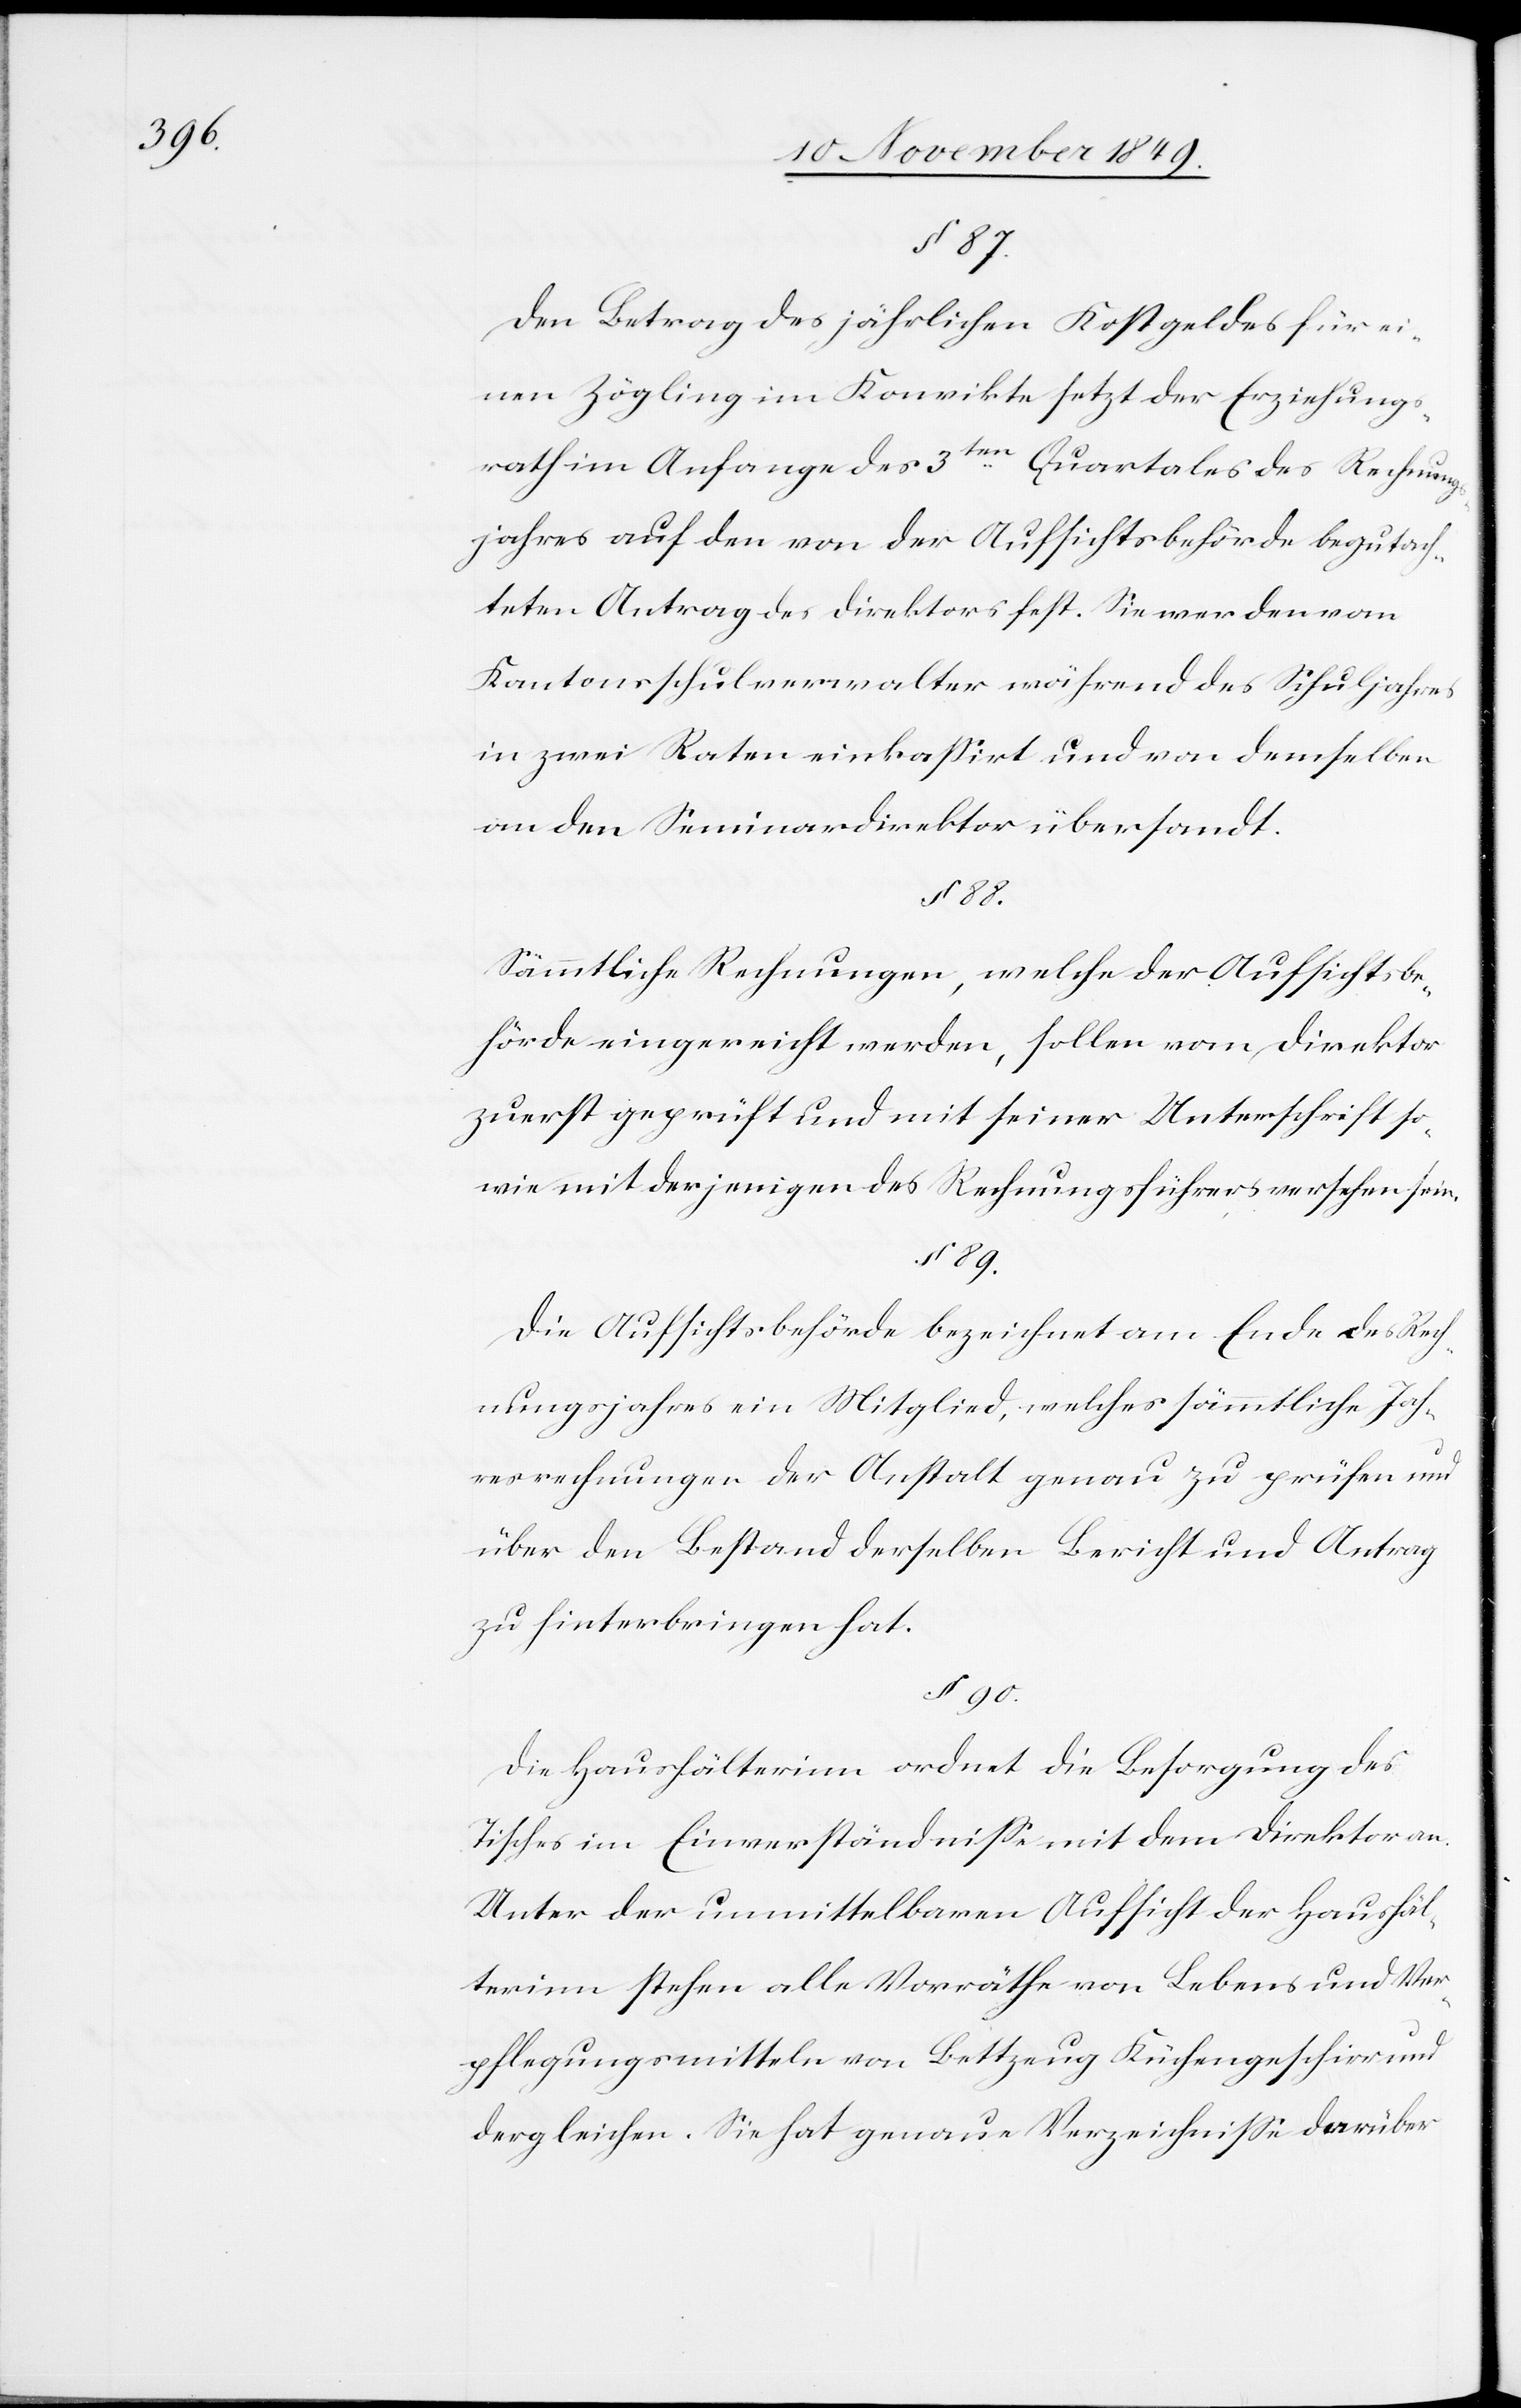
§ 87.
Den Betrag des jährlichen Kostgeldes für ei¬
nen Zögling im Konvikte setzt der Erziehungs¬
rath im Anfange des 3ten Quartals des Rechnungs¬
jahres auf den von der Aufsichtsbehörde begutach¬
teten Antrag des Direktors fest. Sie werden vom
Kantonsschulverwalter während des Schuljahres
in zwei Raten einkaßirt und von demselben
an den Seminardirektor übersandt.
Sämmtliche Rechnungen, welche der Aufsichtsbe¬
hörde eingereicht werden, sollen vom Direktor
zuerst geprüft und mit seiner Unterschrift so¬
wie mit denjenigen des Rechnungsführers versehen sein.
§ 89.
Die Aufsichtsbehörde bezeichnet am Ende des Rech¬
nungsjahres ein Mitglied, welches sämmtliche Jah¬
resrechnungen der Anstalt genau zu prüfen und
über den Bestand derselben Bericht und Antrag
zu hinterbringen hat.
§ 90.
Die Haushälterinn ordnet die Besorgung des
Tisches im Einverständniße mit dem Direktor an.
Unter der unmittelbaren Aufsicht der Haushäl¬
terinn stehen alle Vorräthe von Lebens und Ver¬
pflegungsmitteln von Bettzeug Küchengeschirr und
dergleichen. Sie hat genaue Verzeichniße darüber